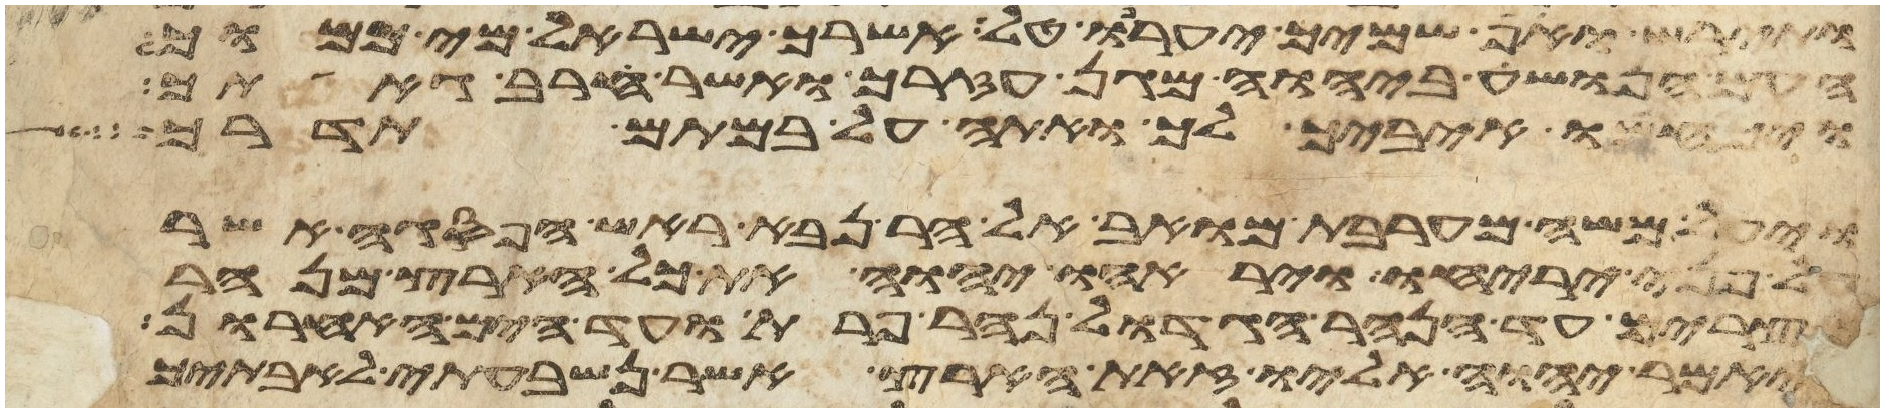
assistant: ותירש ואף שמיך יערפו טל אשרך ישראל מי כמוך
העם הנושע ביהוה מגן עזרך ואשר חרב גאתך
ויכחשו איביך לך ואתה על במתם תדרך
ויעל משה מערבת מואב אל הר נבא ראש הפסגה אשר
על פני יריחו ויראהו יהוה את כל הארץ מנהר
מצרים עד הנהר הגדול נהר פרת ועד הים האחרון
ויאמר יהוה אליו זאת הארץ אשר נשבעתי לאבתיך